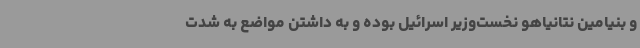
و بنیامین نتانیاهو نخست‌وزیر اسرائیل بوده و به داشتن مواضع به شدت